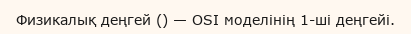
Физикалық деңгей () — OSI моделінің 1-ші деңгейі.